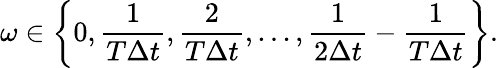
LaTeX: \omega\in\left\{ 0,\frac{1}{T\Delta t},\frac{2}{T\Delta t},...,\frac{1}{2\Delta t}-\frac{1}{T\Delta t}\right\} .